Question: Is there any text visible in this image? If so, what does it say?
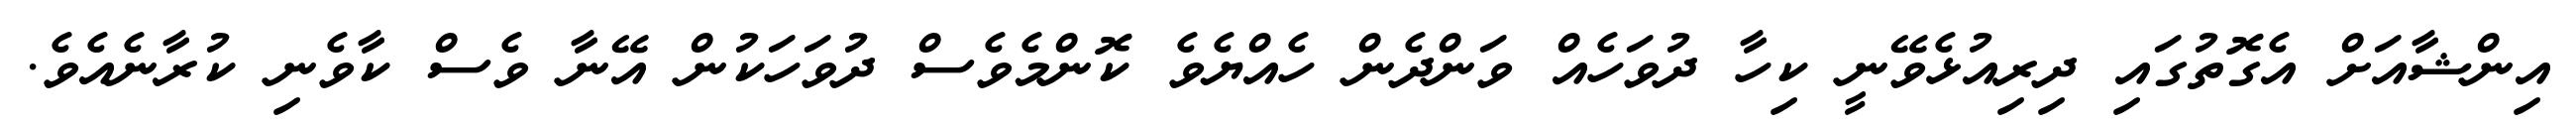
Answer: އިންޝާއަށް އެގޮތުގައި ދިރިއުޅެވޭނީ ކިހާ ދުވަހެއް ވަންދެން ހެއްޔެވެ ކޮންމެވެސް ދުވަހަކުން އޭނާ ވެސް ކާވެނި ކުރާނެއެވެ.